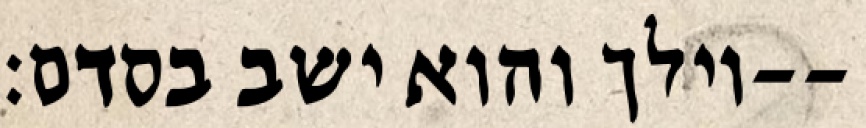
וילך והוא ישב בסדם׃--